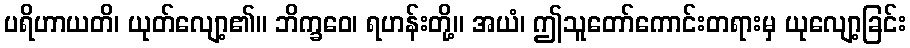
ပရိဟာယတိ၊ ယုတ်လျော့၏။ ဘိက္ခဝေ၊ ရဟန်းတို့။ အယံ၊ ဤသူတော်ကောင်းတရားမှ ယုလျော့ခြင်း